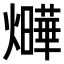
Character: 𤒃